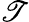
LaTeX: \displaystyle\mathscr{T}